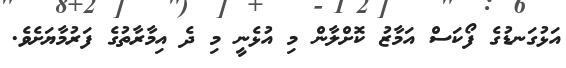
އަޅުގަނޑުގެ ފޯކަސް އަމާޒު ކޮށްލާން މި އުޅެނީ މި ދެ އިމާރާތުގެ ފަރުމާޔަށެވެ.